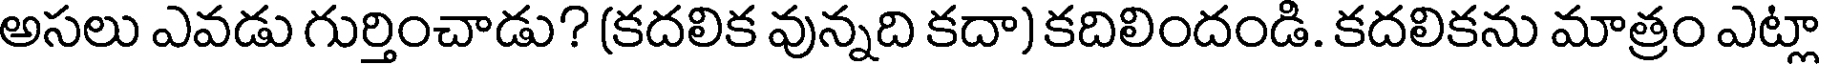
అసలు ఎవడు గుర్తించాడు? (కదలిక వున్నది కదా) కదిలిందండి. కదలికను మాత్రం ఎట్లా